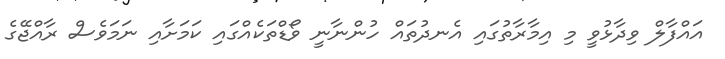
އައްފާލް ވިދާޅުވީ މި އިމާރާތުގައި އެނދުތައް ހުންނާނީ ވޯޑްތަކެއްގައި ކަމަށާއި ނަމަވެސް ރާއްޖޭގެ